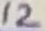
Text: 12